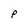
Character: P